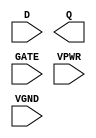
module sky130_fd_sc_hs__dlxtp (
    //# {{data|Data Signals}}
    input  D   ,
    output Q   ,

    //# {{clocks|Clocking}}
    input  GATE,

    //# {{power|Power}}
    input  VPWR,
    input  VGND
);
endmodule